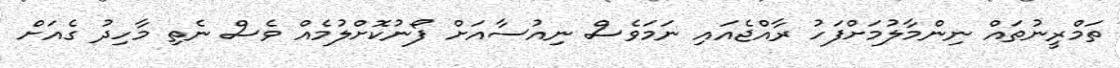
ތަމްރީނުތައް ނިންމާލުމަށްފަހު ރާއްޖެއައި ނަމަވެސް ނިއުސާއަށް ފޯނުކޮށްލުމެއް ވެސް ނެތި މާހިދު ގެއަށް